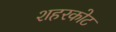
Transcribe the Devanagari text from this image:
शहरकोट